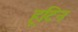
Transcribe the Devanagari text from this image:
हूटिन